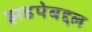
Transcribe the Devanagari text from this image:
झडपेबद्दल